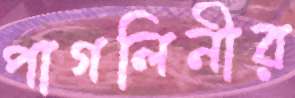
পাগলিনীর